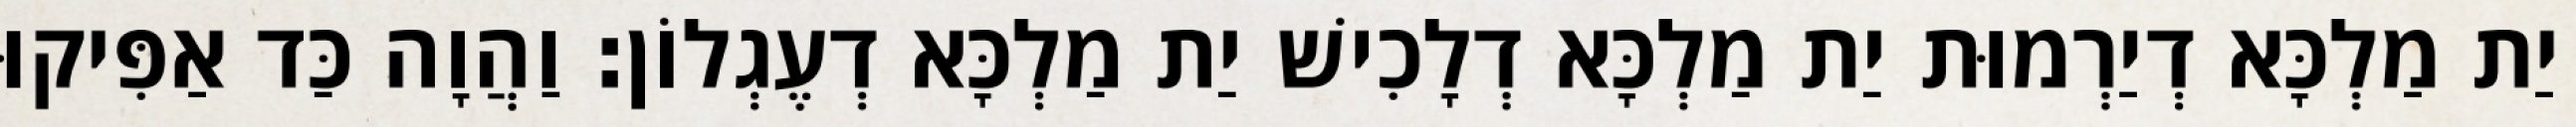
יַת מַלְכָּא דְיַרְמוּת יַת מַלְכָּא דְלָכִישׁ יַת מַלְכָּא דְעֶגְלוֹן׃ וַהֲוָה כַּד אַפִּיקוּ